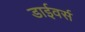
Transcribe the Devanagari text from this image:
डाईवर्स